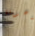
يدعونا